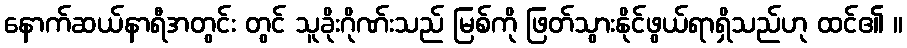
နောက်ဆယ်နာရီအတွင်း တွင် သူခိုးဂိုဏ်းသည် မြစ်ကို ဖြတ်သွားနိုင်ဖွယ်ရာရှိသည်ဟု ထင်၏ ။